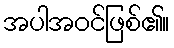
အပါအဝင်ဖြစ်၏။